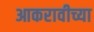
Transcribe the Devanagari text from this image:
आकरावीच्या